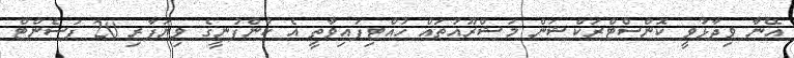
އޭނާ ވިދާޅުވީ ކޮންސްޓްރަކްޝަން މަޝްރޫއުތައް ހުއްޓިފައިވާތީ އެ ކުންފުނީގެ ވިޔަފާރި 20 ޕަސެންޓް